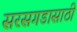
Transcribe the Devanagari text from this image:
सरसगडासाठी